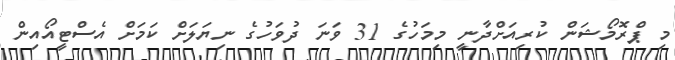
މި ޕްރޮމޯޝަން ކުރިއަށްދާނީ މިމަހުގެ 31 ވަނަ ދުވަހުގެ ނިޔަަލަށް ކަމަށް އެސްޓީއޯއިން